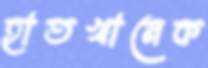
হাতখানেক